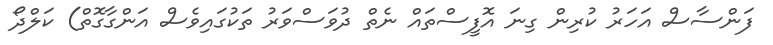
ފަންސާސް އަހަރު ކުރިން ގިނަ އޮފީސްތައް ނެތް ދުވަސްވަރު ތަކުގައިވެސް އަންގާގޮތް) ކަލްދޯ